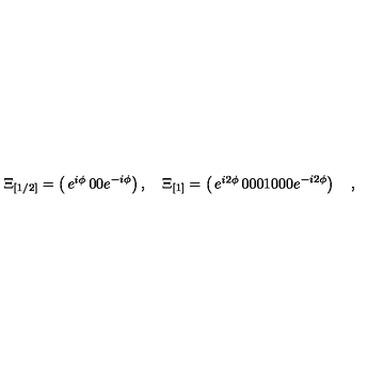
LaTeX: \Xi _ { [ 1 / 2 ] } = \left( \begin{matrix} { e ^ { i \phi } } & { 0 } \\ { 0 } & { e ^ { - i \phi } } \\ \end{matrix} \right) , \quad \Xi _ { [ 1 ] } = \left( \begin{matrix} { e ^ { i 2 \phi } } & { 0 } & { 0 } \\ { 0 } & { 1 } & { 0 } \\ { 0 } & { 0 } & { e ^ { - i 2 \phi } } \\ \end{matrix} \right) \quad ,